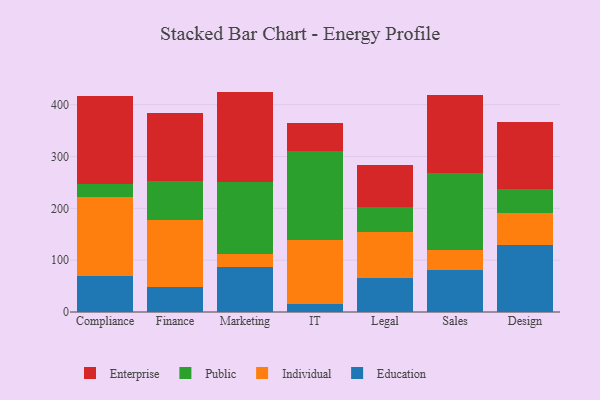
{"axis": {"x": "Department", "y": "Satisfaction Score"}, "legend": ["Education", "Enterprise", "Individual", "Public"], "data": [{"x": "Compliance", "y": 68.8, "type": "Education"}, {"x": "Compliance", "y": 153.0, "type": "Individual"}, {"x": "Compliance", "y": 25.6, "type": "Public"}, {"x": "Compliance", "y": 169.5, "type": "Enterprise"}, {"x": "Finance", "y": 48.8, "type": "Education"}, {"x": "Finance", "y": 128.5, "type": "Individual"}, {"x": "Finance", "y": 75.1, "type": "Public"}, {"x": "Finance", "y": 131.9, "type": "Enterprise"}, {"x": "Marketing", "y": 86.5, "type": "Education"}, {"x": "Marketing", "y": 24.7, "type": "Individual"}, {"x": "Marketing", "y": 139.3, "type": "Public"}, {"x": "Marketing", "y": 174.8, "type": "Enterprise"}, {"x": "IT", "y": 15.5, "type": "Education"}, {"x": "IT", "y": 122.7, "type": "Individual"}, {"x": "IT", "y": 173.1, "type": "Public"}, {"x": "IT", "y": 52.7, "type": "Enterprise"}, {"x": "Legal", "y": 66.5, "type": "Education"}, {"x": "Legal", "y": 87.9, "type": "Individual"}, {"x": "Legal", "y": 48.1, "type": "Public"}, {"x": "Legal", "y": 81.7, "type": "Enterprise"}, {"x": "Sales", "y": 80.4, "type": "Education"}, {"x": "Sales", "y": 39.6, "type": "Individual"}, {"x": "Sales", "y": 147.7, "type": "Public"}, {"x": "Sales", "y": 151.7, "type": "Enterprise"}, {"x": "Design", "y": 129.6, "type": "Education"}, {"x": "Design", "y": 60.9, "type": "Individual"}, {"x": "Design", "y": 47.3, "type": "Public"}, {"x": "Design", "y": 128.0, "type": "Enterprise"}]}